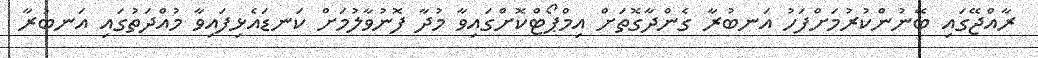
ރާއްޖޭގައި ބޭނުންކުރުމަށްފަހު އަނބުރާ ގެންދާގޮތަށް އިމްޕޯޓްކޮށްގައިވާ މުދާ ފޮނުވާލުމަށް ކަނޑައެޅިފައިވާ މުއްދަތުގައި އަނބުރާ